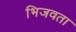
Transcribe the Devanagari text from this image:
भिजवता